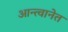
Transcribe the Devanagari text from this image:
आन्त्वानेत